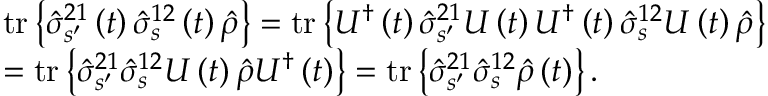
\begin{array} { r l } & { \mathrm { t r } \left\{ \hat { \sigma } _ { s ^ { \prime } } ^ { 2 1 } \left( t \right) \hat { \sigma } _ { s } ^ { 1 2 } \left( t \right) \hat { \rho } \right\} = \mathrm { t r } \left\{ U ^ { \dagger } \left( t \right) \hat { \sigma } _ { s ^ { \prime } } ^ { 2 1 } U \left( t \right) U ^ { \dagger } \left( t \right) \hat { \sigma } _ { s } ^ { 1 2 } U \left( t \right) \hat { \rho } \right\} } \\ & { = \mathrm { t r } \left\{ \hat { \sigma } _ { s ^ { \prime } } ^ { 2 1 } \hat { \sigma } _ { s } ^ { 1 2 } U \left( t \right) \hat { \rho } U ^ { \dagger } \left( t \right) \right\} = \mathrm { t r } \left\{ \hat { \sigma } _ { s ^ { \prime } } ^ { 2 1 } \hat { \sigma } _ { s } ^ { 1 2 } \hat { \rho } \left( t \right) \right\} . } \end{array}